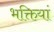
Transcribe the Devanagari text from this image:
भक्तियां